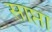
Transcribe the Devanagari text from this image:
साप्ता